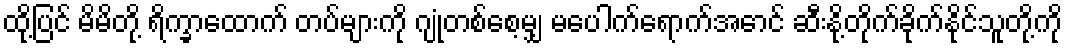
ထို့ပြင် မိမိတို့ ရိက္ခာထောက် တပ်များကို ဂျုံတစ်စေ့မျှ မပေါက်ရောက်အောင် ဆီးနို့တိုက်ခိုက်နိုင်သူတို့ကို